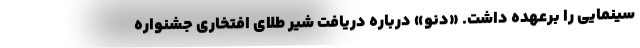
سینمایی را برعهده داشت. «دنو» درباره دریافت شیر طلای افتخاری جشنواره